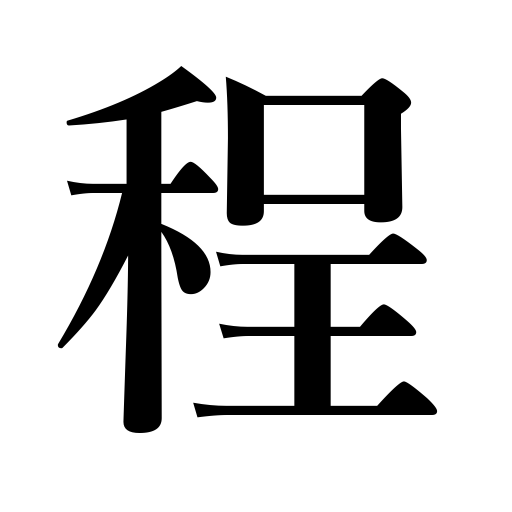
Meanings: limits,limit,moderation,distance,degree,time,social status,amount,formula,law,extent